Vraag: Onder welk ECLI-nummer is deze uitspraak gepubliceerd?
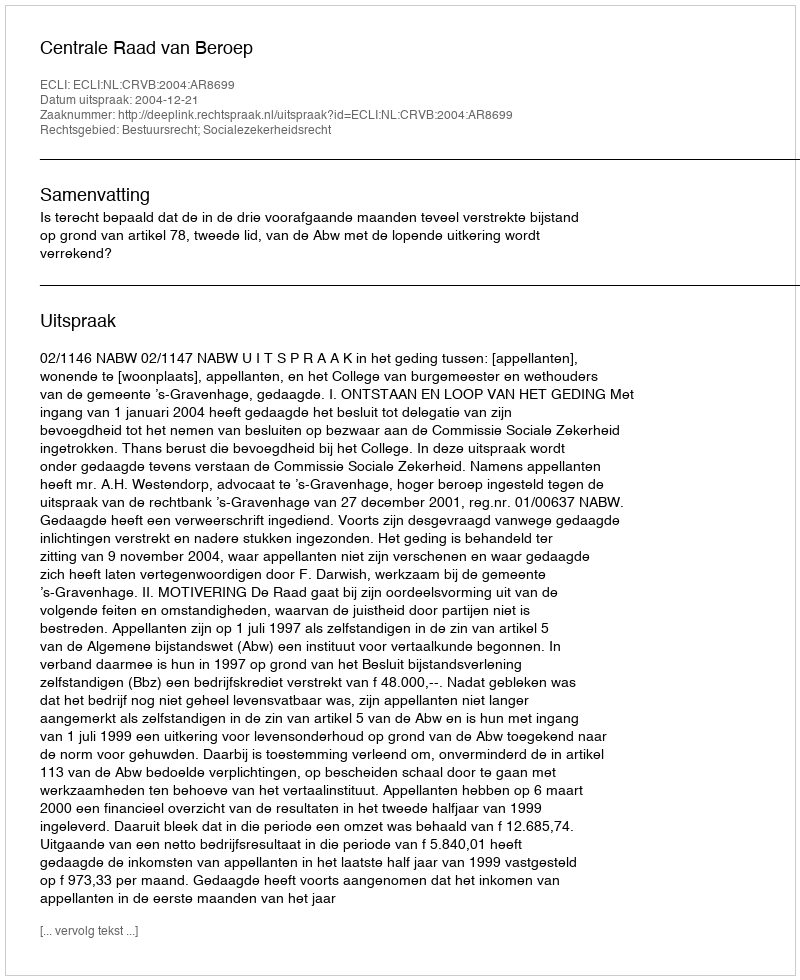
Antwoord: ECLI:NL:CRVB:2004:AR8699